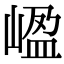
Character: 𡺡